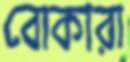
বোকারা